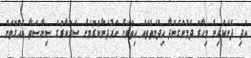
އަދި ފެނަކައިން މިހާރު ދެމުންގެންދާ ހިދުމަތްތައް އިތުރަށް ހަރުދަނާކުރުމަށް ސަރުކާރުގެ ސިޔާސަތާ އެއްގޮތަށް